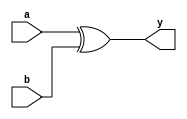
module tri_xor2(
   y,
   a,
   b
);
   parameter                      WIDTH = 1;
   parameter                      BTR = "XOR2_X2M_NONE";  //Specify full BTR name, else let tool select
   output [0:WIDTH-1]  y;
   input [0:WIDTH-1]   a;
   input [0:WIDTH-1]   b;

   genvar 	       i;

   generate
      begin : t
	 for (i = 0; i < WIDTH; i = i + 1)
	   begin : w

	      xor I0(y[i], a[i], b[i]);

	   end // block: w
      end

   endgenerate
endmodule